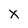
Character: X